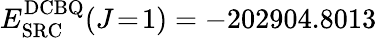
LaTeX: E_{\mathrm{SRC}}^{\mathrm{DCBQ}}(J\! =\! 1)=-202904.8013